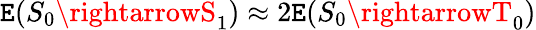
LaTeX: \mathtt{E}(S_{0}\rightarrowS_{1})\approx2\mathtt{E}(S_{0}\rightarrowT_{0})